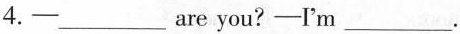
4.-___are you?-I'm ___.